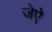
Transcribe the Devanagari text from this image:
जेऐ